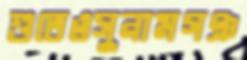
শুতেওসুনামগঞ